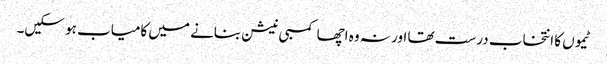
ٹیموں کا انتخاب درست تھا اور نہ وہ اچھا کمبی نیشن بنانے میں کامیاب ہو سکیں۔